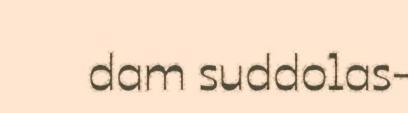
dam suddolas-